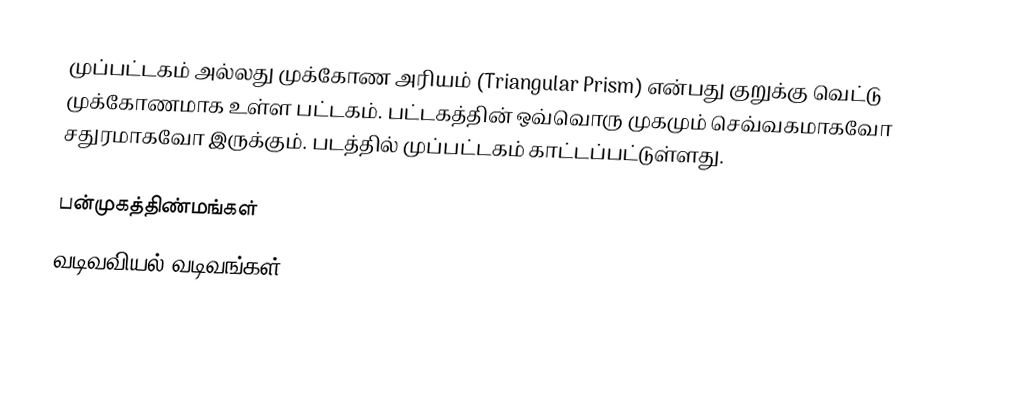
முப்பட்டகம் அல்லது முக்கோண அரியம் (Triangular Prism) என்பது குறுக்கு வெட்டு முக்கோணமாக உள்ள பட்டகம். பட்டகத்தின் ஒவ்வொரு முகமும் செவ்வகமாகவோ சதுரமாகவோ இருக்கும். படத்தில் முப்பட்டகம் காட்டப்பட்டுள்ளது.

பன்முகத்திண்மங்கள்
வடிவவியல் வடிவங்கள்